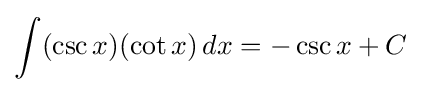
\int (\csc x)(\cot x)\,dx=-\csc x+C